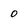
Character: o